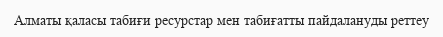
Алматы қаласы табиғи ресурстар мен табиғатты пайдалануды реттеу